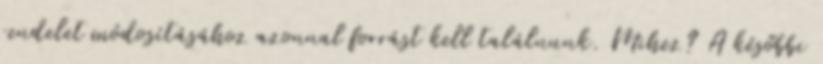
rendelet módosításához azonnal forrást kell találnunk. Mihez? A későbbi